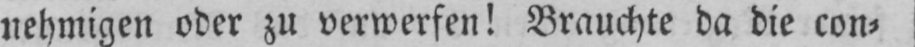
nehmigen oder zu verwerfen! Brauchte da die con⸗